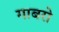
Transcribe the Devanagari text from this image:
गाबरो